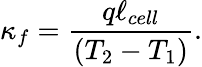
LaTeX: \kappa_{f}=\frac{q\ell_{cell}}{(T_{2}-T_{1})}.